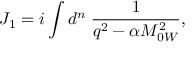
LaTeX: J _ { 1 } = i \int d ^ { n } \; \frac { 1 } { q ^ { 2 } - \alpha M _ { 0 W } ^ { 2 } } ,